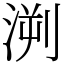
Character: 㴊